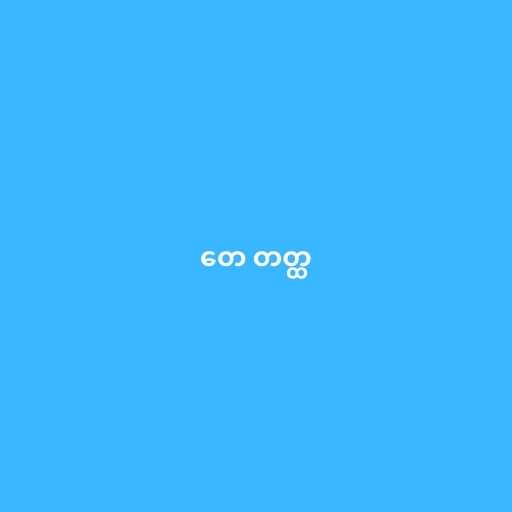
တေ တတ္ထ